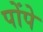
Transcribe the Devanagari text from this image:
पोंपे